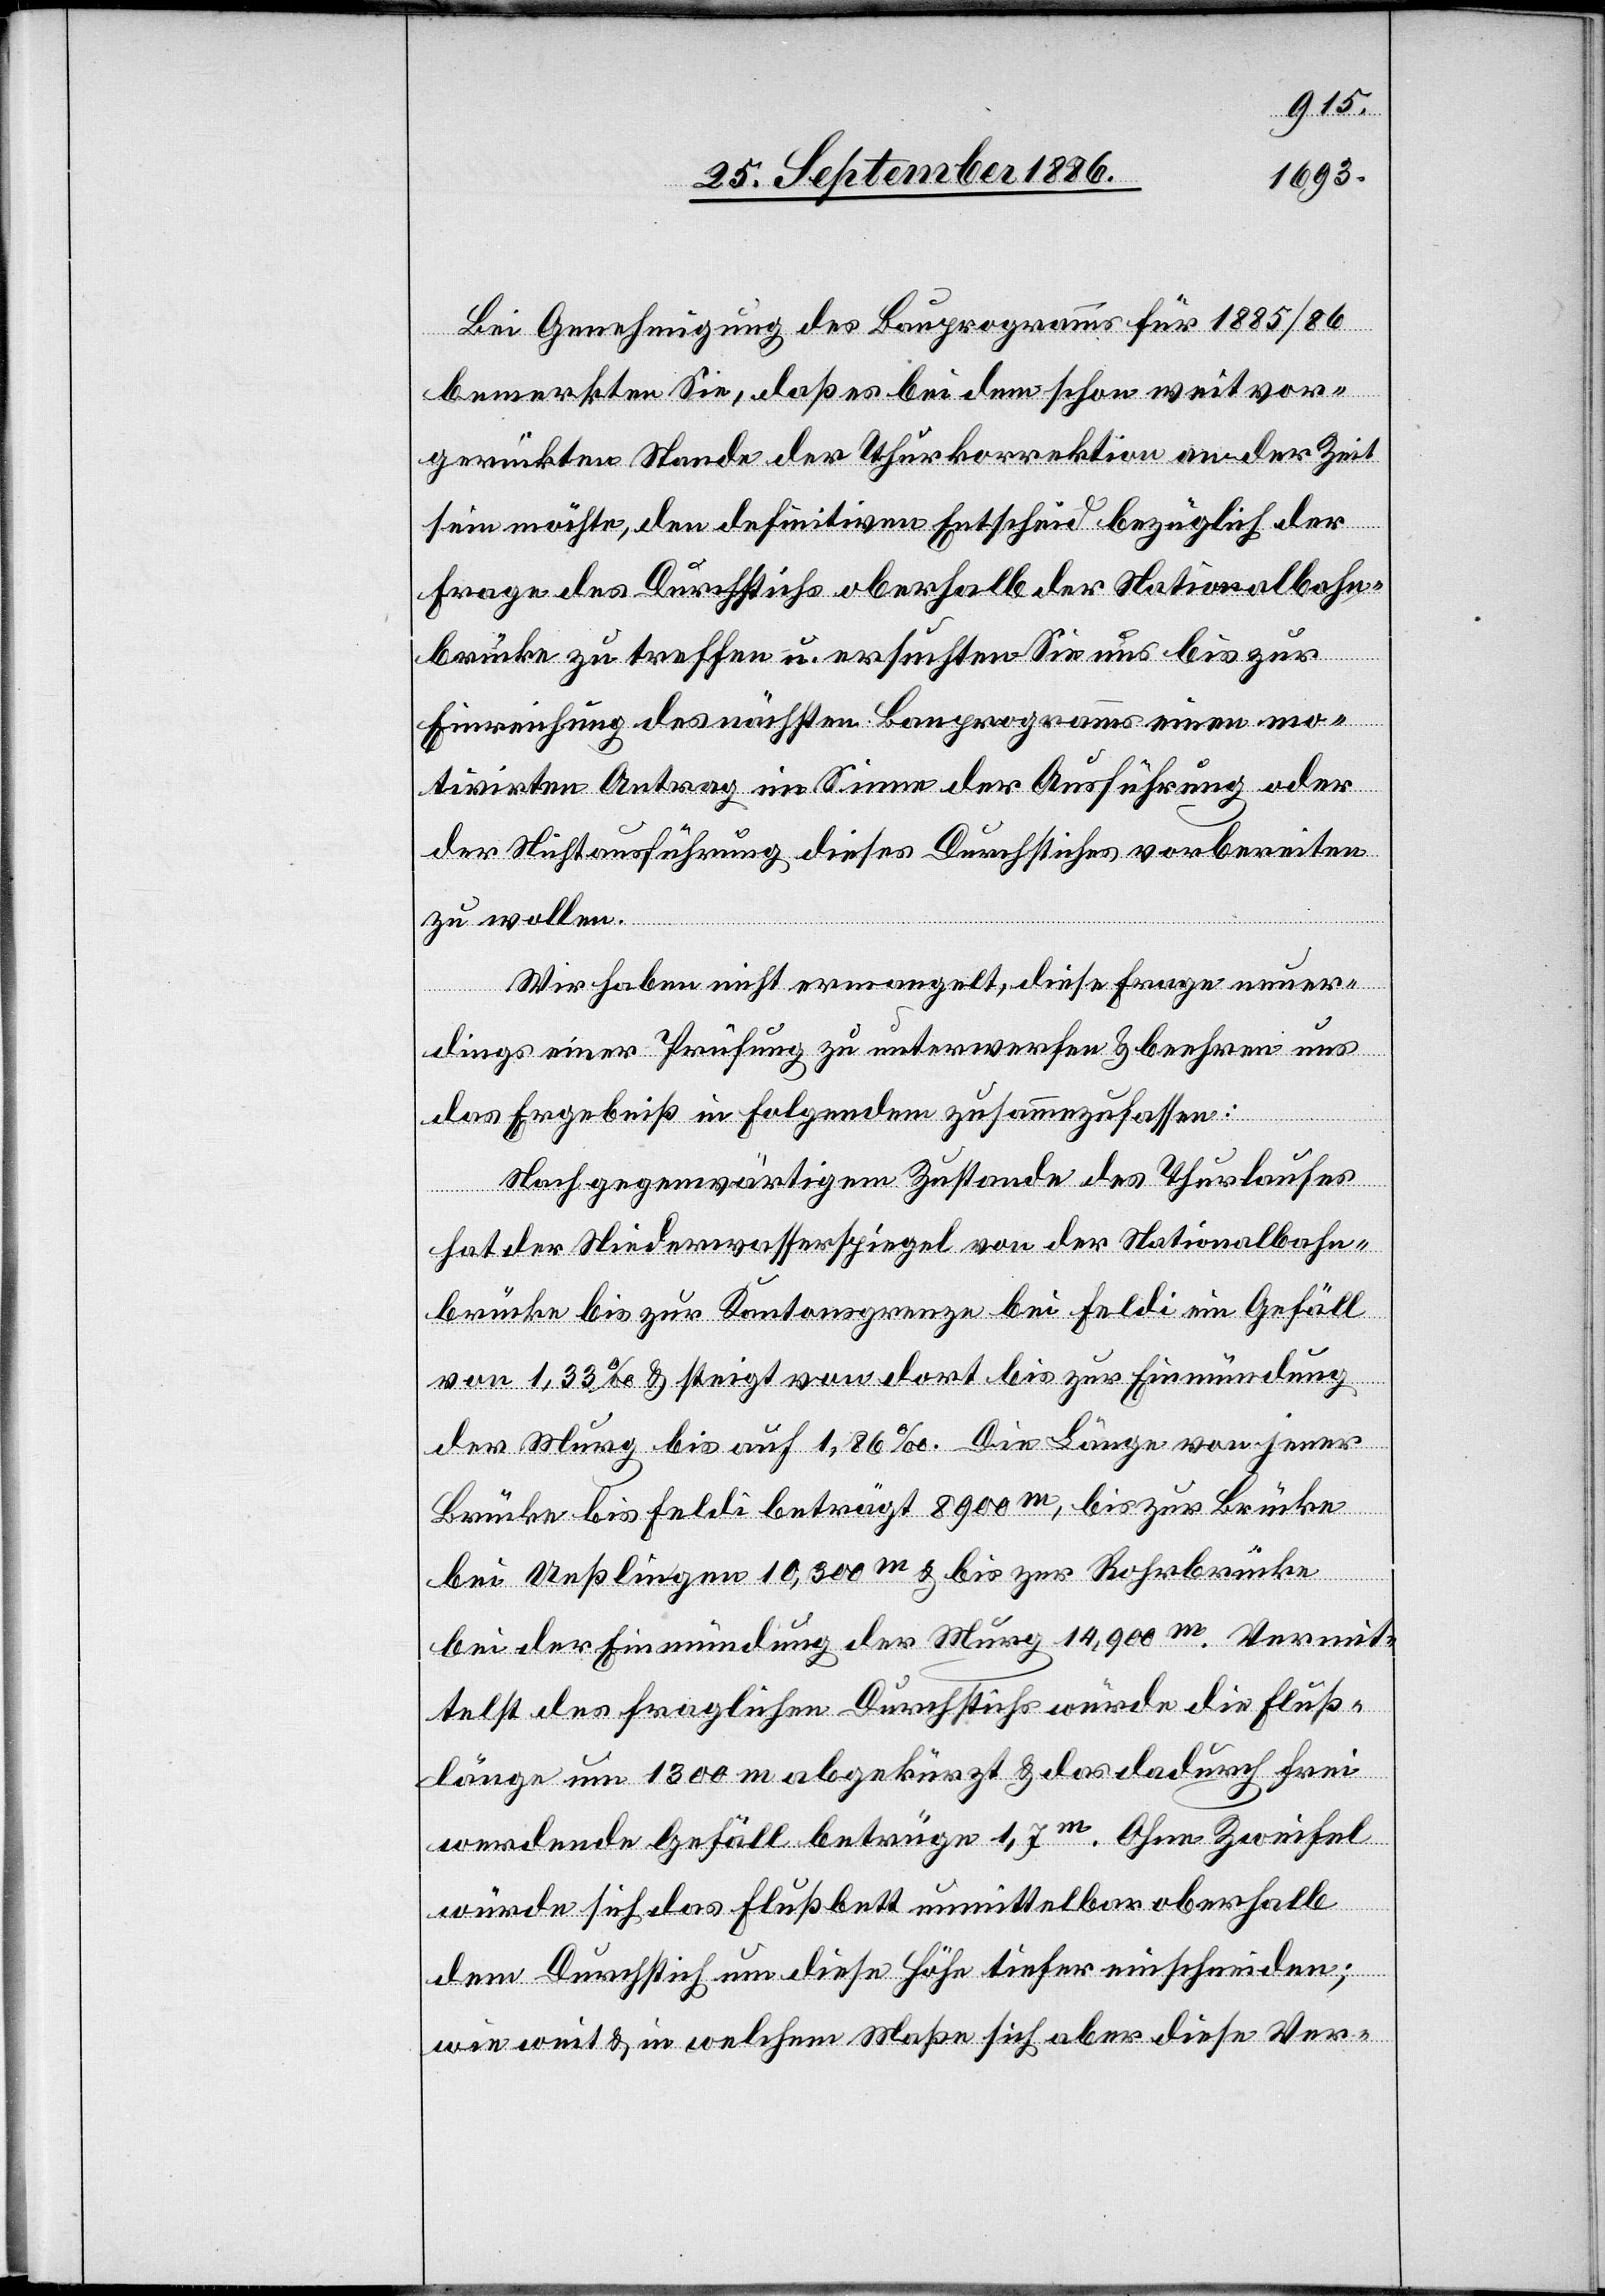
Bei Genehmigung des Bauprogramms für 1885/86
bemerkten Sie, daß es bei dem schon weit vor¬
gerückten Stande der Thurkorrektion an der Zeit
sein möchte, den definitiven Entscheid bezüglich der
Frage des Durchstichs oberhalb der Nationalbahn¬
brücke zu treffen u. ersuchten Sie uns bis zur
Einreichung des nächsten Bauprogramms einen mo¬
tivirten Antrag im Sinne der Ausführung oder
der Nichtausführung dieses Durchstiches vorbereiten
zu wollen.
Wir haben nicht ermangelt, diese Frage neuer¬
dings einer Prüfung zu unterwerfen & beehren uns
das Ergebniß in Folgendem zusammenzufassen:
Nach gegenwärtigem Zustande des Thurlaufes
hat der Niederwasserspiegel von der Nationalbahn¬
brücke bis zur Kantonsgrenze bei Feldi ein Gefäll
von 1,33‰ & steigt von dort bis zur Einmündung
der Murg bis auf 1,86‰. Die Länge von jener
Brücke bis Feldi beträgt 8900m, bis zur Brücke
bei Ueßlingen 10,300m & bis zur Rohrbrücke
bei der Einmündung der Murg 14,900m. Vermit¬
telst des fraglichen Durchstichs würde die Fluß¬
länge um 1300 m abgekürzt & das dadurch frei
werdende Gefäll betrüge 1,7m. Ohne Zweifel
würde sich das Flußbett unmittelbar oberhalb
dem Durchstich um diese Höhe tiefer einschneiden;
wie weit & in welchem Maße sich aber diese Ver-